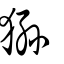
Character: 猻